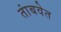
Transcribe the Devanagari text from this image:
तांबवेत